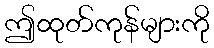
ဤထုတ်ကုန်များကို